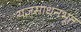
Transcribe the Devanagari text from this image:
यज्ञसाधनभूत